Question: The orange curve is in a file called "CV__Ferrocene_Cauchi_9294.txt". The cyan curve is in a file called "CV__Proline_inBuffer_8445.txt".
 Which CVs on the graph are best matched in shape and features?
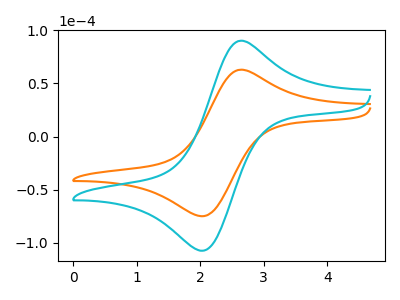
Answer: <think>The orange curve "Ferrocene" has an anodic peak at (2.60V, 62.65uA) and a cathodic peak at (2.05V, -75.05uA). The cyan curve "Proline" has an anodic peak at (2.60V, 89.80uA) and a cathodic peak at (2.05V, -107.60uA).
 All the peaks in "Ferrocene" have a peak in "Proline" at the same potential. Every peak in "Ferrocene" is lower than every peak in "Proline".</think>
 <answer>"Ferrocene" and "Proline" have the same shape and are likely CV's of the same chemical.</answer>
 <eval>"Ferrocene" "Proline"</eval>